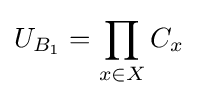
U_{B_{1}}=\prod _{x\in X}C_{x}